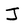
Character: J